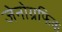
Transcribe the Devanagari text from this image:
जेनोग्रफिक